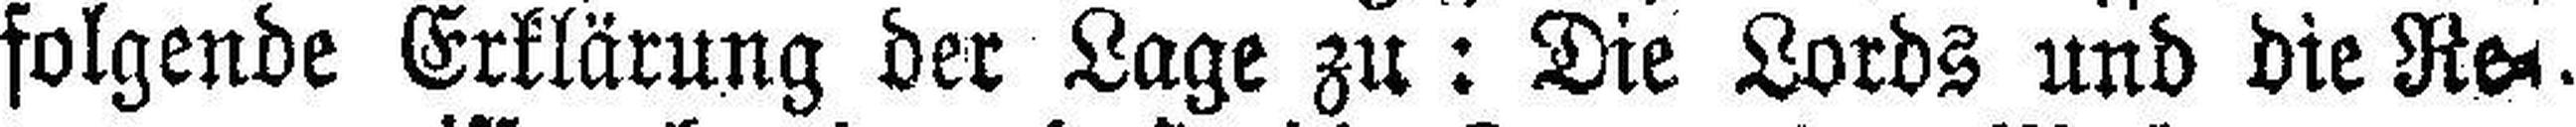
folgende Erklärung der Lage zu: Die Lords und die Re¬